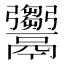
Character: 𩱦